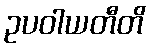
ဥပဝါယတီတိ